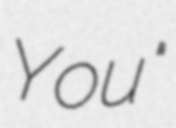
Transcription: You"